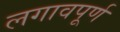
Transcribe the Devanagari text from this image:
लगावपूर्ण